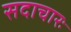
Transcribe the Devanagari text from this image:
सदाचारः